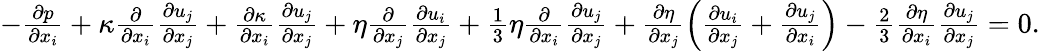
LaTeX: \begin{array}{r}{-\frac{\partial p}{\partial x_{i}}+\kappa\frac{\partial}{\partial x_{i}}\frac{\partial u_{j}}{\partial x_{j}}+\frac{\partial\kappa}{\partial x_{i}}\frac{\partial u_{j}}{\partial x_{j}}+\eta\frac{\partial}{\partial x_{j}}\frac{\partial u_{i}}{\partial x_{j}}+\frac{1}{3}\eta\frac{\partial}{\partial x_{i}}\frac{\partial u_{j}}{\partial x_{j}}+\frac{\partial\eta}{\partial x_{j}}\left(\frac{\partial u_{i}}{\partial x_{j}}+\frac{\partial u_{j}}{\partial x_{i}}\right)-\frac{2}{3}\frac{\partial\eta}{\partial x_{i}}\frac{\partial u_{j}}{\partial x_{j}}=0.}\end{array}